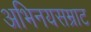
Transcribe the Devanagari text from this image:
अभिनयसम्राट